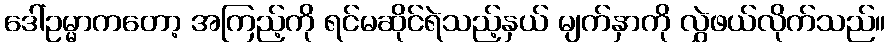
ဒေါ်ဥမ္မာကတော့ အကြည့်ကို ရင်မဆိုင်ရဲသည့်နှယ် မျက်နှာကို လွှဲဖယ်လိုက်သည်။